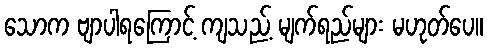
သောက ဗျာပါရကြောင့် ကျသည့် မျက်ရည်များ မဟုတ်ပေ။